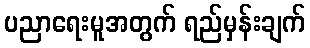
ပညာရေးမူအတွက် ရည်မှန်းချက်